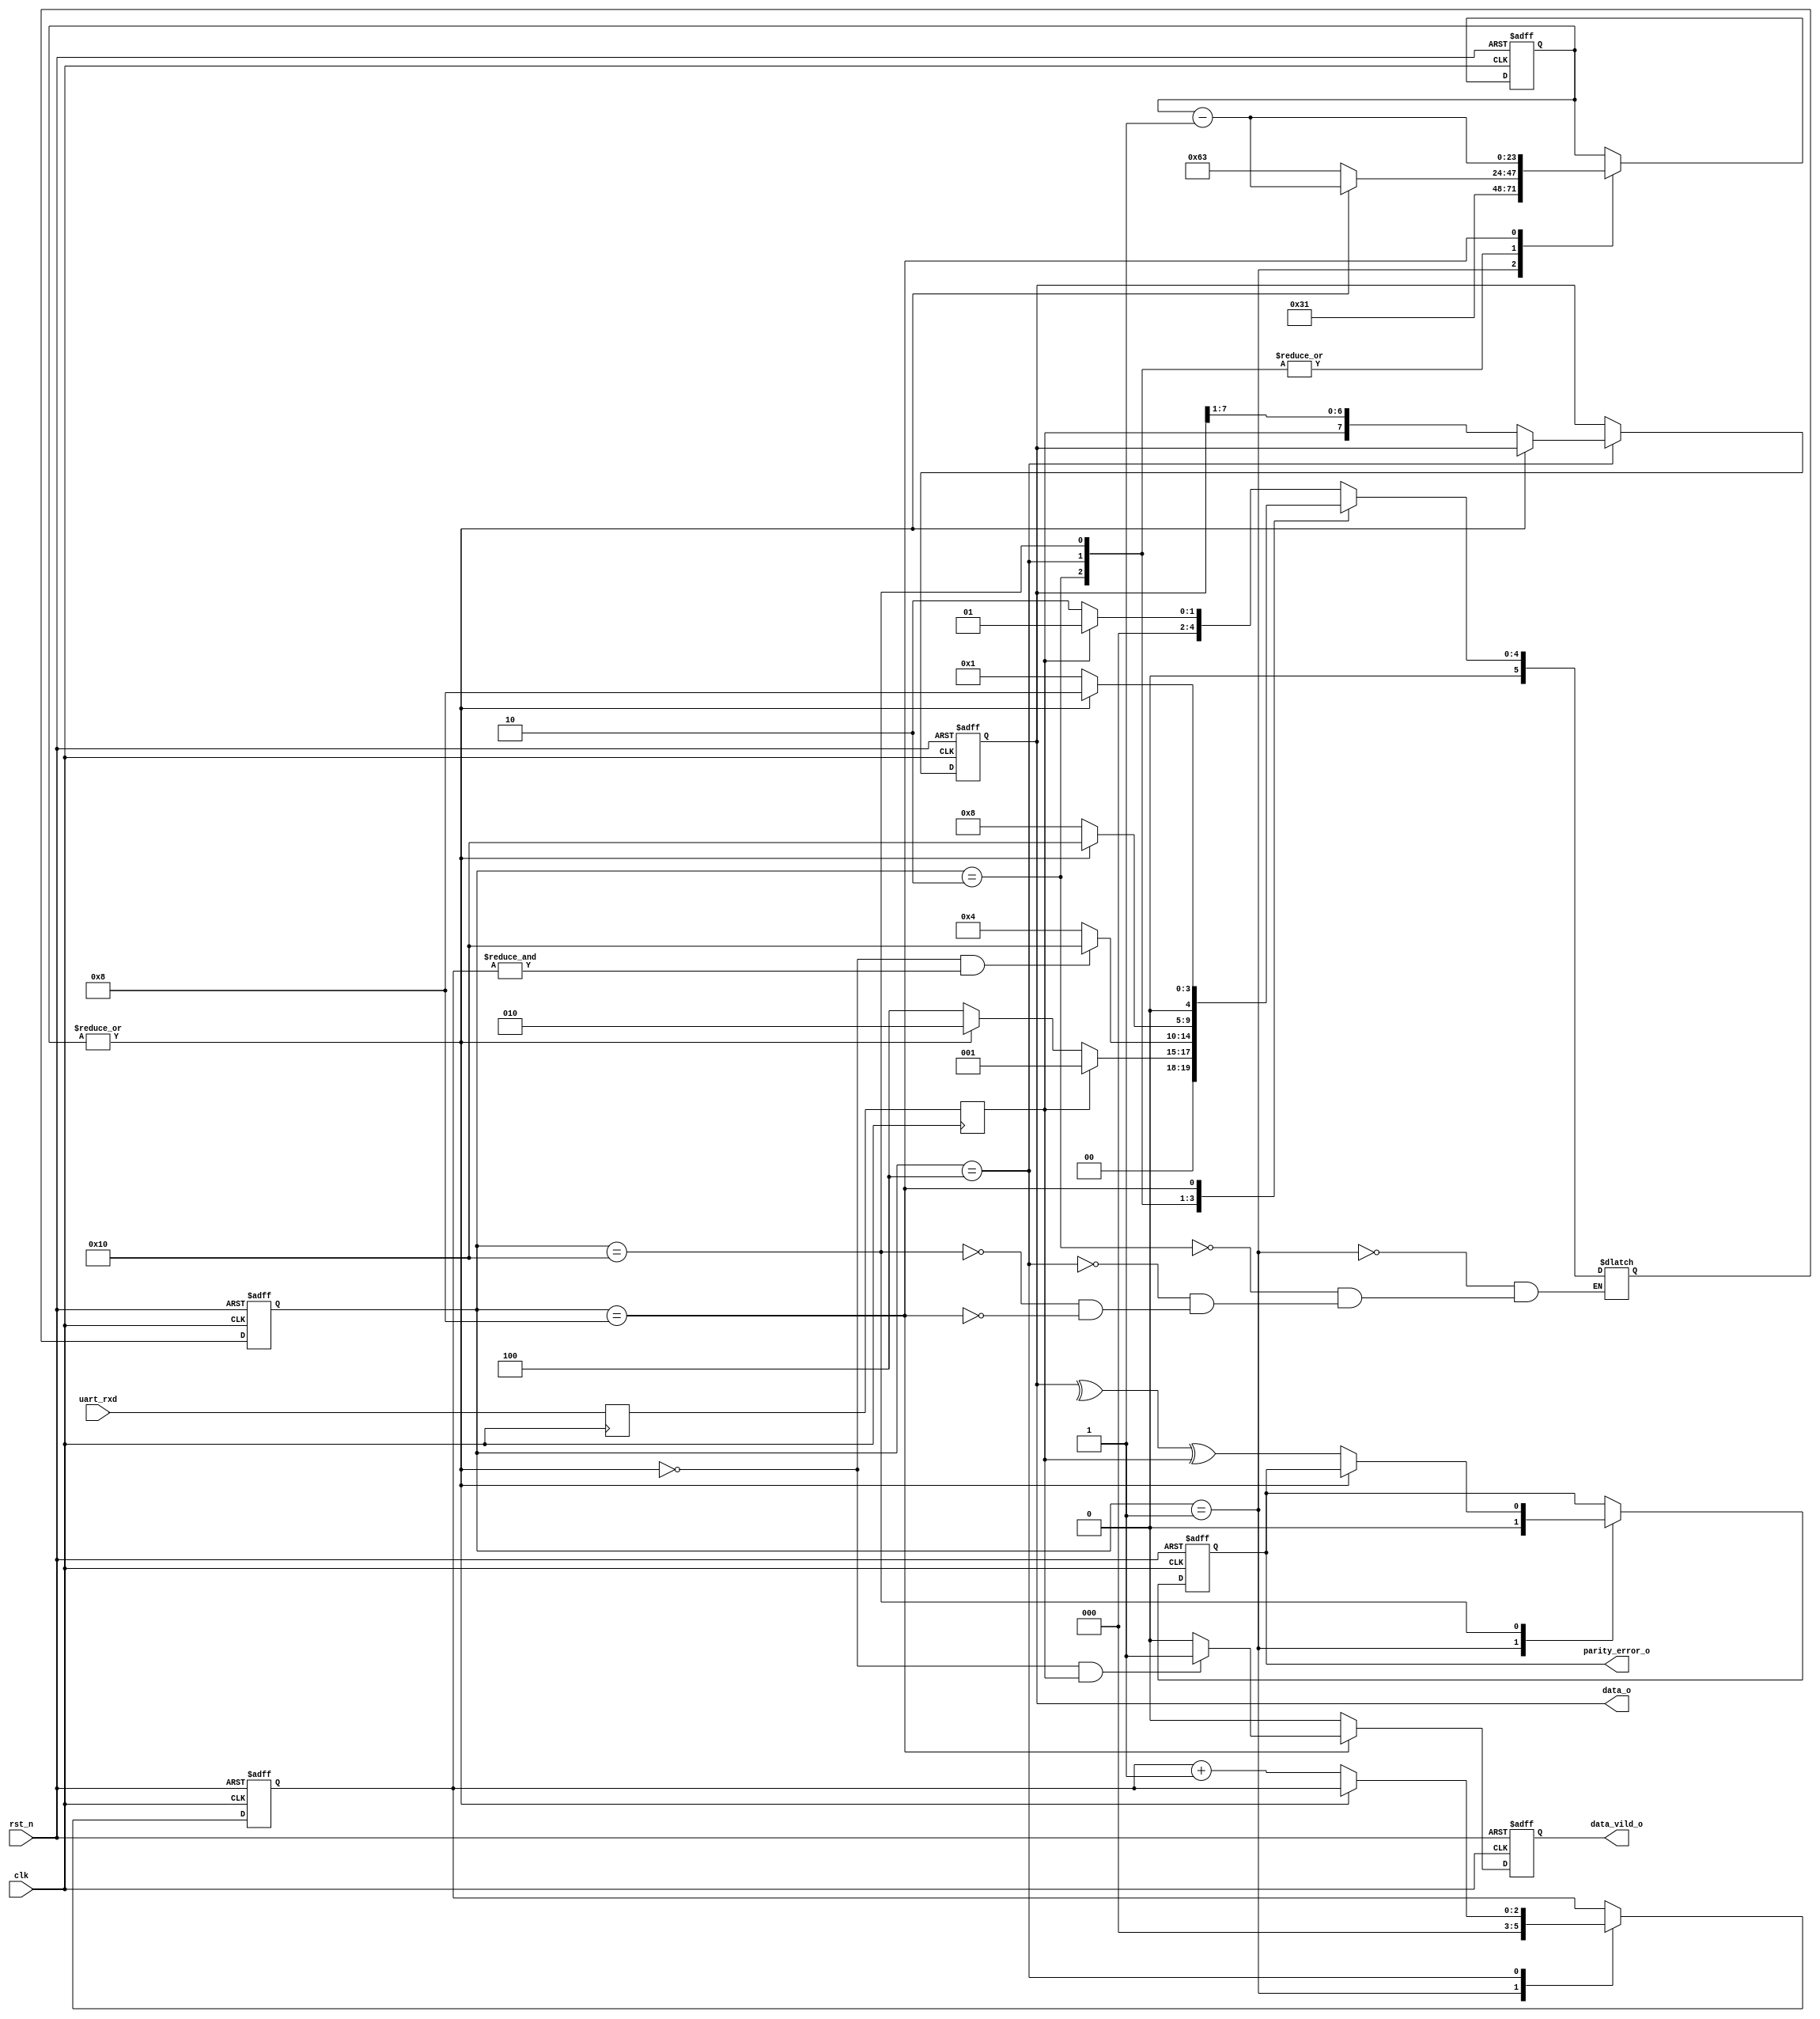

`timescale 1 ns / 100 ps

module uart_rx
#(
	parameter CLK_FREQ 			= 100000000,
	parameter UART_RATE 			= 1000000,
	parameter PARITY_ODD_EVEN 	= 1'b1       //0:odd, 1:even
)(
    input 					clk, 
    input 					rst_n, 
    input 					uart_rxd, 
    output reg [7:0]		data_o, 
    output reg 			data_vild_o, 
    output reg 			parity_error_o
);
    
	localparam [23:0] BIT_LENGTH = CLK_FREQ / UART_RATE - 1'b1;//15
	localparam [23:0] STOP_LENGTH = CLK_FREQ / UART_RATE - 1'b1;//15
 
	localparam ST_IDLE  		  = 6'b00_0001;
	localparam ST_START_PREPARE   = 6'b00_0010;  
	localparam ST_WAIT_FOR_BIT    = 6'b00_0100;
	localparam ST_WAIT_FOR_STOP   = 6'b00_1000;
	localparam ST_WAIT_FOR_PARITY = 6'b01_0000;
	localparam ST_FRAME_ERROR     = 6'b10_0000;

	reg 			rxd_dly1;
	reg			rxd_dly2;
	reg [5:0]	state;
	reg [5:0]	state_next;
	reg [23:0]	bit_cnt;
	reg [2:0]	shift_cnt;
	reg 			parity;
      
	// rxd_dly2  
	always @(posedge clk) begin 
		rxd_dly1 <= uart_rxd;
		rxd_dly2 <= rxd_dly1;	 
	end

	always @(posedge clk or negedge rst_n) begin
        if(!rst_n) begin
			state <= ST_IDLE;
		end else begin
			state <= state_next;
		end
	end

	always @(*) begin
		case(state)
			ST_IDLE: begin
				if(!rxd_dly2)//
					state_next = ST_START_PREPARE;
				else
					state_next = ST_IDLE;
			end
			ST_START_PREPARE: begin
				if(rxd_dly2)//
					state_next = ST_IDLE;
				else
				if(~|bit_cnt)// bit0 
					state_next = ST_WAIT_FOR_BIT;
				else
					state_next = ST_START_PREPARE;
			end
			ST_WAIT_FOR_BIT: begin
				if((~|bit_cnt) && (&shift_cnt))// bit1 3'b111,8
					state_next = ST_WAIT_FOR_PARITY;
				else
					state_next = ST_WAIT_FOR_BIT;
			end
			ST_WAIT_FOR_PARITY: begin
				if(~|bit_cnt)
					state_next = ST_WAIT_FOR_STOP;
				else
					state_next = ST_WAIT_FOR_PARITY;
			end
			ST_WAIT_FOR_STOP: begin
				if(~|bit_cnt)
					state_next = ST_IDLE;
				else
					state_next = ST_WAIT_FOR_STOP;
			end			
			default:;
		endcase	
	end		
	 
	always @(posedge clk or negedge rst_n) begin
        if(!rst_n) begin
			bit_cnt <= 0;
		end else begin
			case(state)
				ST_IDLE: begin
					bit_cnt <= BIT_LENGTH >> 1;//,7 0111
				end
				ST_START_PREPARE: begin
					if(~|bit_cnt)
						bit_cnt <= BIT_LENGTH;//,15
					else
						bit_cnt <= bit_cnt - 1'b1;
				end
				ST_WAIT_FOR_BIT: begin
					if(~|bit_cnt)
						bit_cnt <= BIT_LENGTH;
					else
						bit_cnt <= bit_cnt - 1'b1;				
				end
				ST_WAIT_FOR_PARITY: begin
					if(~|bit_cnt)
						bit_cnt <= STOP_LENGTH;
					else
						bit_cnt <= bit_cnt - 1'b1;				
				end
				ST_WAIT_FOR_STOP: begin
						bit_cnt <= bit_cnt - 1'b1;				
				end				
				default:;
			endcase					
		end
	end

	always @(posedge clk or negedge rst_n) begin
        if(!rst_n) begin
			shift_cnt <= 0;
		end else begin
			case(state)
				ST_IDLE: begin
					shift_cnt <= 0;
				end
				ST_WAIT_FOR_BIT: begin
					if(~|bit_cnt)
						shift_cnt <= shift_cnt + 1'b1;
				end
				default:;
			endcase									
		end
	end
		
	always @(posedge clk or negedge rst_n) begin
        if(!rst_n) begin		
			data_o <= 0;
		end else begin
			case(state)
				ST_WAIT_FOR_BIT: begin
					if(~|bit_cnt)
						data_o <= {rxd_dly2, data_o[7:1]};//LSB
				end
				default:;
			endcase					
		end
	end
	
	always @(posedge clk or negedge rst_n) begin
        if(!rst_n) begin		
			data_vild_o <= 0;
		end else begin
			case(state)
				ST_WAIT_FOR_STOP: begin
					if((~|bit_cnt) && rxd_dly2)
						data_vild_o <= 1'b1;
					else
						data_vild_o <= 1'b0;
				end
				default: data_vild_o <= 1'b0;
			endcase					
		end
	end
		
	always @(posedge clk or negedge rst_n) begin
        if(!rst_n) begin		
			parity_error_o <= 0;
		end else begin
			case(state)
				ST_IDLE: begin
					parity_error_o <= 1'b0;
				end
				ST_WAIT_FOR_PARITY: begin
					if(~|bit_cnt)
						parity_error_o <= (^data_o) ^ rxd_dly2 ^ (!PARITY_ODD_EVEN);//  
				end
				default: ;
			endcase					
		end
	end		
//911(!PARITY_ODD_EVEN)1
//910(!PARITY_ODD_EVEN)0
//parity_error_o0	

endmodule